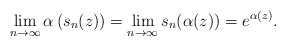
\begin{align*}\lim_{n \rightarrow \infty} \alpha\left( s_n(z) \right) = \lim_{n \rightarrow \infty} s_n(\alpha(z)) = e^{\alpha(z)}.\end{align*}